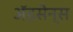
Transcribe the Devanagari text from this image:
ॲडसेन्स